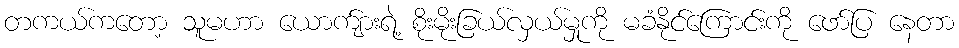
တကယ်ကတော့ သူမဟာ ယောက်ျားရဲ့ စိုးမိုးခြယ်လှယ်မှုကို မခံနိုင်ကြောင်းကို ဖော်ပြ နေတာ